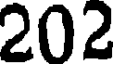
202